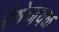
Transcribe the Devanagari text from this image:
रेषेजवळ